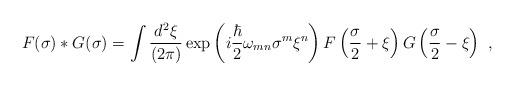
LaTeX: \begin{align*}F(\sigma) \ast G(\sigma)=\int {d^{ 2}\xi\over (2\pi)}\exp\left( i {\hbar\over 2} \omega_{mn}\sigma^m \xi^n \right)F\left( {\sigma \over 2}+ \xi \right)G\left( {\sigma \over 2}- \xi \right)\ ,\end{align*}